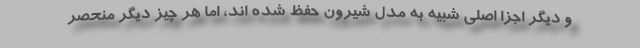
و دیگر اجزا اصلی شبیه به مدل شیرون حفظ شده اند، اما هر چیز دیگر منحصر